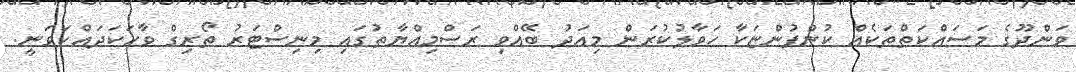
ވަންދޫގެ މަސައްކަަތްތަކެއް ކުންފުންޏަކާ ހަވާލުކުރަން މިއަދު ބޭއްވި ރަސްމިއްޔާތުގައި މިނިސްޓަރު ތޯރިގް ވާހަކަދައްކަވަނީ.